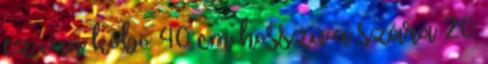
ez van köbö 40 cm hosszú a szára 20